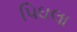
પિઘલા